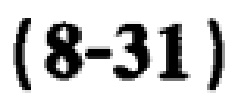
$(8 - 31)$